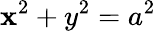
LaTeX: \mathbf{x}^{2}+y^{2}=a^{2}